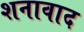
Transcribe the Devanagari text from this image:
शनावाद